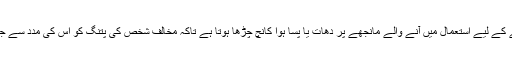
آج کل پتنگ اڑانے کے لیے استعمال میں آنے والے مانجھے پر دھات یا پسا ہوا کانچ چڑھا ہوتا ہے تاکہ مخالف شخص کی پتنگ کو اس کی مدد سے جلدی کاٹا جا سکے۔